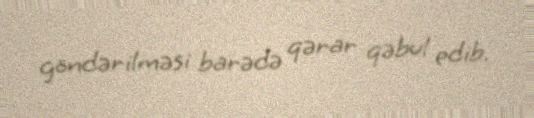
göndərilməsi barədə qərar qəbul edib.